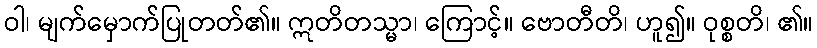
ဝါ၊ မျက်မှောက်ပြုတတ်၏။ ဣတိတသ္မာ၊ ကြောင့်။ ဗောတီတိ၊ ဟူ၍။ ဝုစ္စတိ၊ ၏။